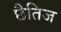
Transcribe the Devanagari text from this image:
छैतिज